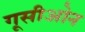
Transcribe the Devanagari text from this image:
गूसीओन